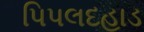
પિપલદહાડ